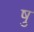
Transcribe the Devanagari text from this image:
षु